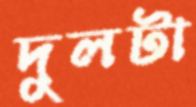
দুলটা